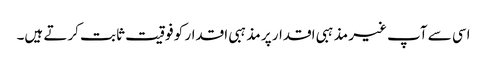
اسی سے آپ غیر مذہبی اقدار پر مذہبی اقدار کو فوقیت ثابت کرتے ہیں۔